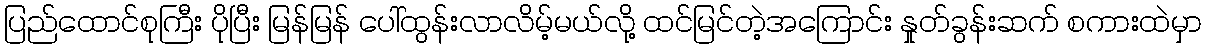
ပြည်ထောင်စုကြီး ပိုပြီး မြန်မြန် ပေါ်ထွန်းလာလိမ့်မယ်လို့ ထင်မြင်တဲ့အကြောင်း နှုတ်ခွန်းဆက် စကားထဲမှာ